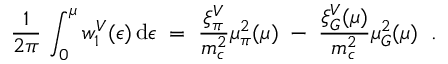
\frac { 1 } { 2 \pi } \, \int _ { 0 } ^ { \mu } w _ { 1 } ^ { V } ( \epsilon ) \, \mathrm { d } \epsilon \; = \; \frac { \xi _ { \pi } ^ { V } } { m _ { c } ^ { 2 } } \mu _ { \pi } ^ { 2 } ( \mu ) \; - \; \frac { \xi _ { G } ^ { V } ( \mu ) } { m _ { c } ^ { 2 } } \mu _ { G } ^ { 2 } ( \mu ) \; \; .